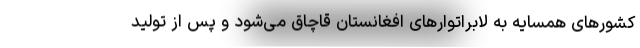
کشورهای همسایه به لابراتوارهای افغانستان قاچاق می‌شود و پس از تولید